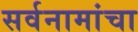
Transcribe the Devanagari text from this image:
सर्वनामांचा